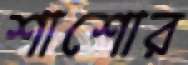
শাশোর